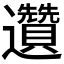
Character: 𲆌